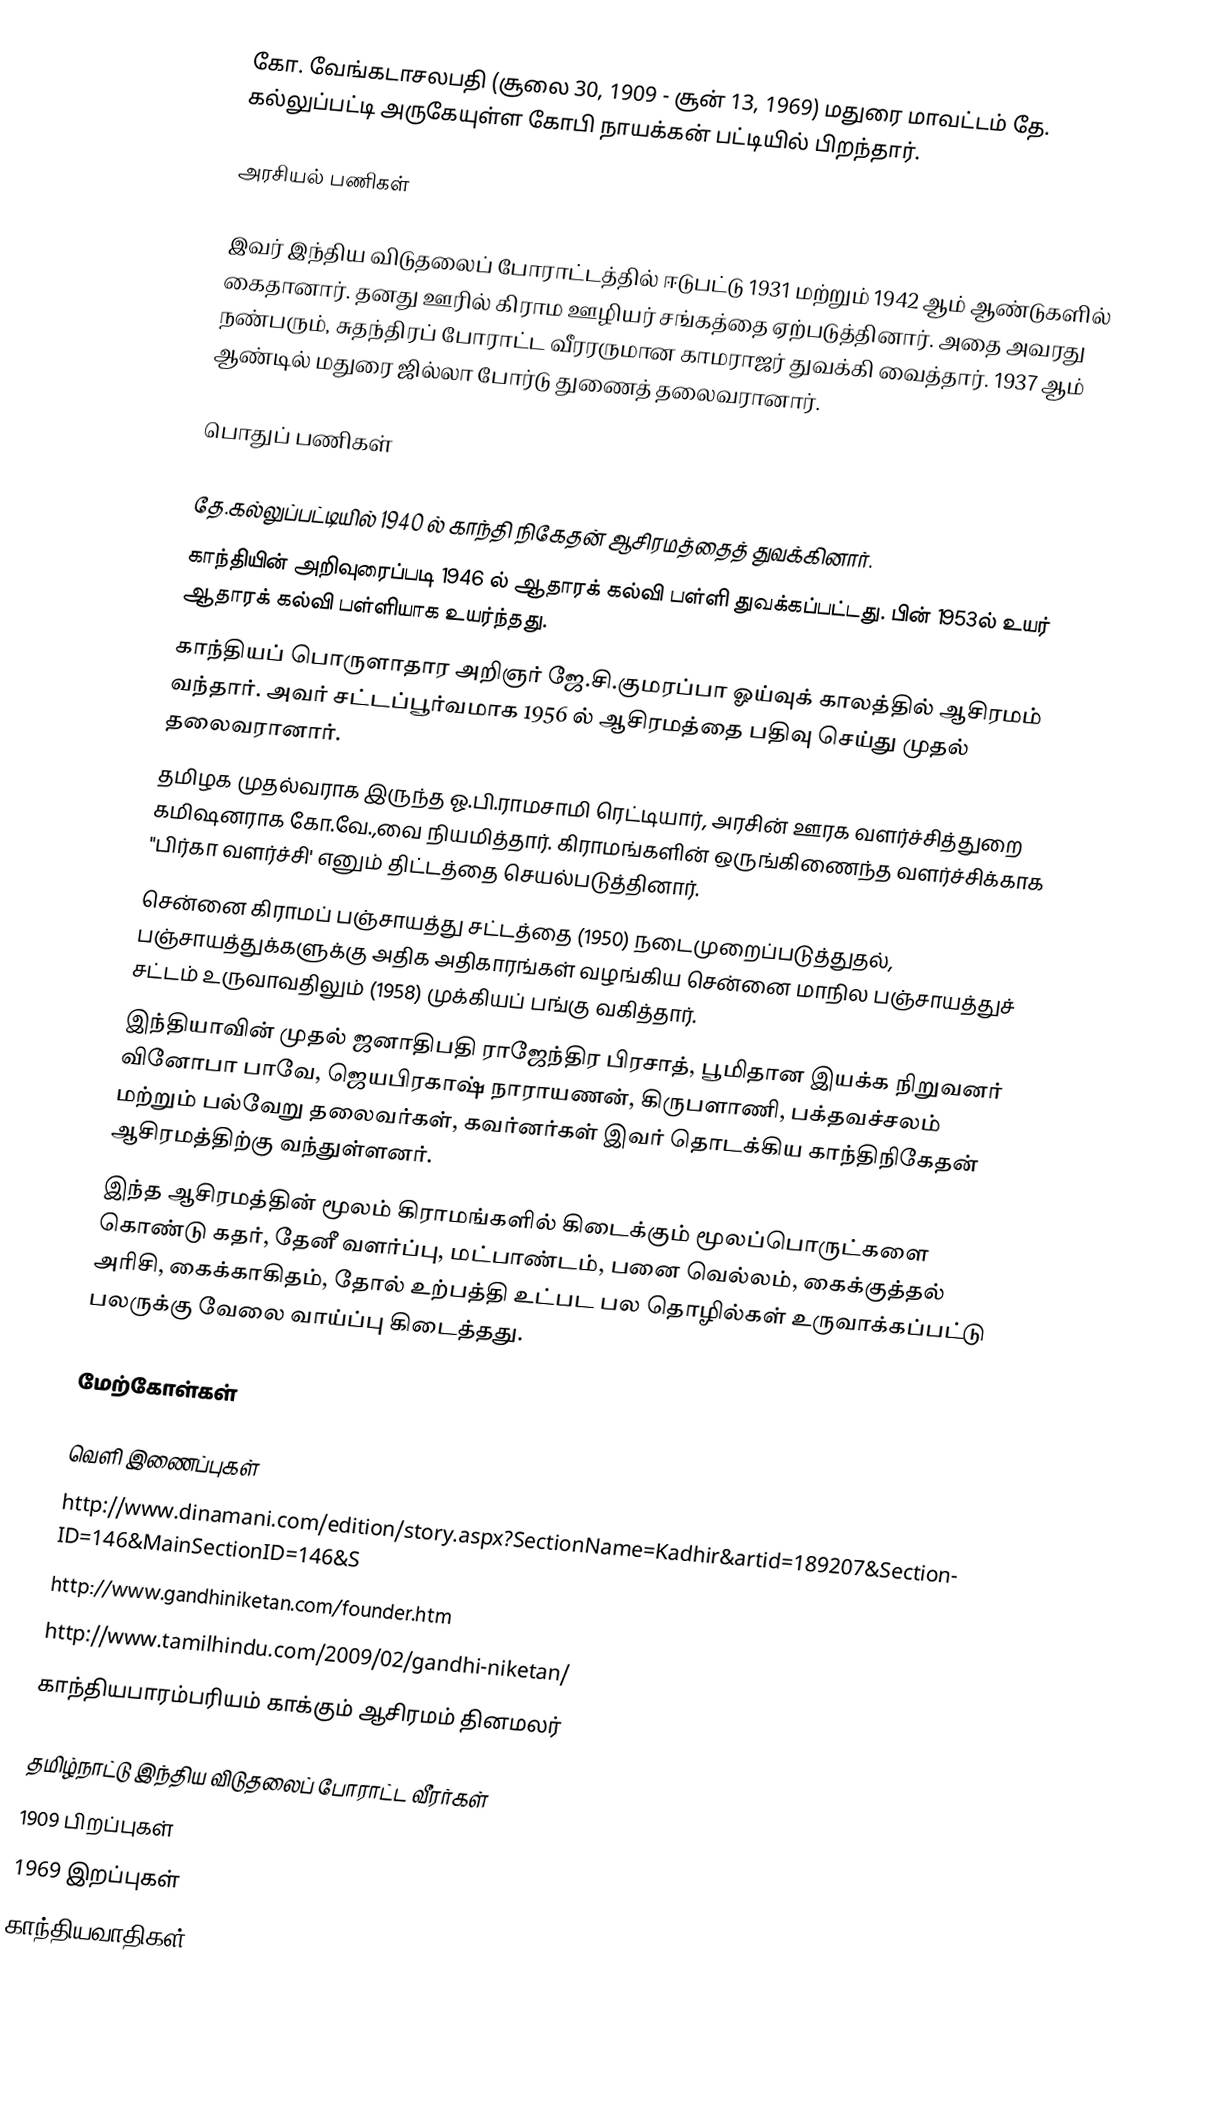
கோ. வேங்கடாசலபதி (சூலை 30, 1909 - சூன் 13, 1969) மதுரை மாவட்டம்  தே. கல்லுப்பட்டி அருகேயுள்ள கோபி நாயக்கன் பட்டியில் பிறந்தார்.

அரசியல் பணிகள்

இவர் இந்திய விடுதலைப் போராட்டத்தில் ஈடுபட்டு 1931 மற்றும் 1942 ஆம் ஆண்டுகளில் கைதானார். தனது ஊரில் கிராம ஊழியர் சங்கத்தை ஏற்படுத்தினார். அதை அவரது நண்பரும், சுதந்திரப் போராட்ட வீரரருமான காமராஜர் துவக்கி வைத்தார். 1937 ஆம் ஆண்டில் மதுரை ஜில்லா போர்டு துணைத் தலைவரானார்.

பொதுப் பணிகள்

 தே.கல்லுப்பட்டியில் 1940 ல் காந்தி நிகேதன் ஆசிரமத்தைத் துவக்கினார்.
 காந்தியின் அறிவுரைப்படி 1946 ல் ஆதாரக் கல்வி பள்ளி துவக்கப்பட்டது. பின் 1953ல் உயர் ஆதாரக் கல்வி பள்ளியாக உயர்ந்தது.
 காந்தியப் பொருளாதார அறிஞர் ஜே.சி.குமரப்பா ஓய்வுக் காலத்தில் ஆசிரமம் வந்தார். அவர் சட்டப்பூர்வமாக 1956 ல் ஆசிரமத்தை பதிவு செய்து முதல் தலைவரானார்.
 தமிழக முதல்வராக இருந்த ஓ.பி.ராமசாமி ரெட்டியார், அரசின் ஊரக வளர்ச்சித்துறை கமிஷனராக கோ.வே.,வை நியமித்தார். கிராமங்களின் ஒருங்கிணைந்த வளர்ச்சிக்காக "பிர்கா வளர்ச்சி' எனும் திட்டத்தை செயல்படுத்தினார்.
 சென்னை கிராமப் பஞ்சாயத்து சட்டத்தை (1950) நடைமுறைப்படுத்துதல், பஞ்சாயத்துக்களுக்கு அதிக அதிகாரங்கள் வழங்கிய சென்னை மாநில பஞ்சாயத்துச் சட்டம் உருவாவதிலும் (1958) முக்கியப் பங்கு வகித்தார்.
 இந்தியாவின் முதல் ஜனாதிபதி ராஜேந்திர பிரசாத், பூமிதான இயக்க நிறுவனர் வினோபா பாவே, ஜெயபிரகாஷ் நாராயணன், கிருபளாணி, பக்தவச்சலம் மற்றும் பல்வேறு தலைவர்கள், கவர்னர்கள் இவர் தொடக்கிய காந்திநிகேதன் ஆசிரமத்திற்கு வந்துள்ளனர்.
இந்த ஆசிரமத்தின் மூலம் கிராமங்களில் கிடைக்கும் மூலப்பொருட்களை கொண்டு கதர், தேனீ வளர்ப்பு, மட்பாண்டம், பனை வெல்லம், கைக்குத்தல் அரிசி, கைக்காகிதம், தோல் உற்பத்தி உட்பட பல தொழில்கள் உருவாக்கப்பட்டு பலருக்கு வேலை வாய்ப்பு கிடைத்தது.

மேற்கோள்கள்

வெளி இணைப்புகள்
 http://www.dinamani.com/edition/story.aspx?SectionName=Kadhir&artid=189207&SectionID=146&MainSectionID=146&S
 http://www.gandhiniketan.com/founder.htm
 http://www.tamilhindu.com/2009/02/gandhi-niketan/
 காந்தியபாரம்பரியம் காக்கும் ஆசிரமம் தினமலர்

தமிழ்நாட்டு இந்திய விடுதலைப் போராட்ட வீரர்கள்
1909 பிறப்புகள்
1969 இறப்புகள்
காந்தியவாதிகள்